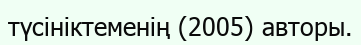
түсініктеменің (2005) авторы.